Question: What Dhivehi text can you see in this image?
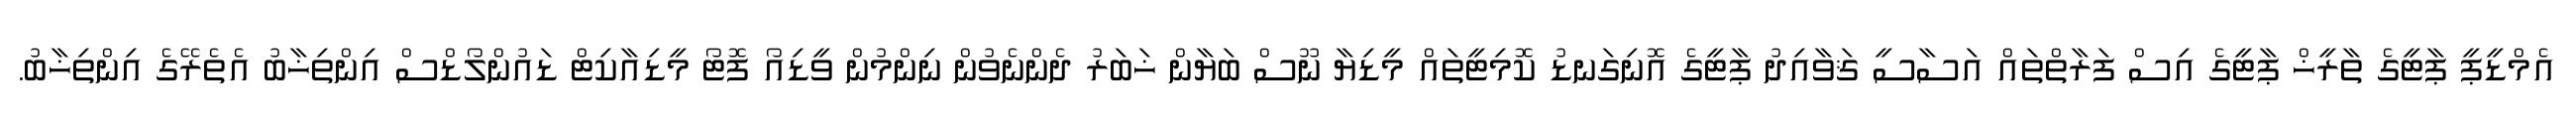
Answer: އެމްޑީޕީ ޕާޓީގެ ތާރީޚް ޕާޓީގެ އިސް ފަރާތްތައް އަސާސީ ޤަވާއިދު ޕާޓީގެ އޮނިގަނޑު ކޮމިޓީތައް މީޑިޔާ ނޫސް ބަޔާން ޚަބަރު ދެންނެވުން ނިންމުން ވީޑިއޯ ފޮޓޯ މީޑިއާކިޓް ޑައުންލޯޑްސް އިންތިޚާބު އެތެރޭގެ އިންތިޚާބު.